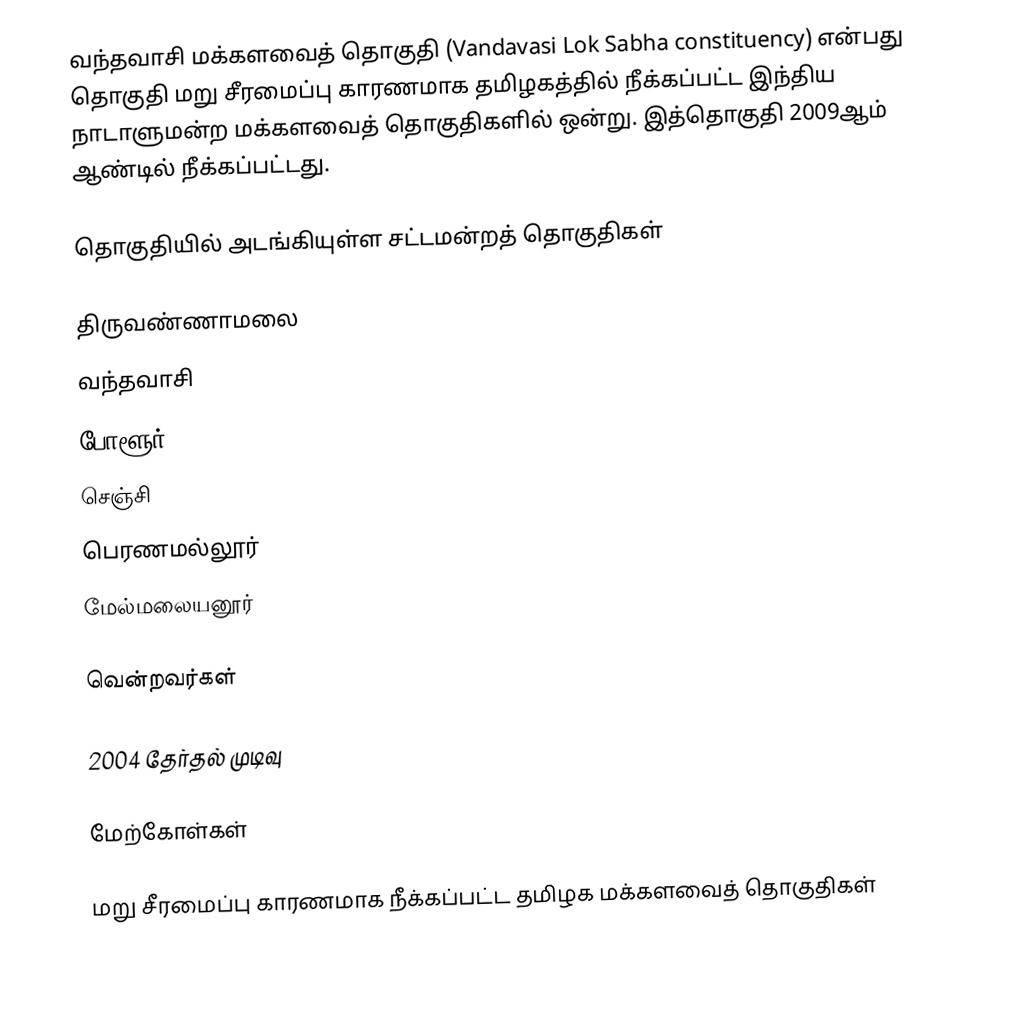
வந்தவாசி மக்களவைத் தொகுதி (Vandavasi Lok Sabha constituency) என்பது தொகுதி மறு சீரமைப்பு காரணமாக தமிழகத்தில் நீக்கப்பட்ட இந்திய நாடாளுமன்ற மக்களவைத் தொகுதிகளில் ஒன்று. இத்தொகுதி 2009ஆம் ஆண்டில் நீக்கப்பட்டது.

தொகுதியில் அடங்கியுள்ள சட்டமன்றத் தொகுதிகள்

 திருவண்ணாமலை
 வந்தவாசி
 போளூர்
 செஞ்சி
 பெரணமல்லூர்
 மேல்மலையனூர்

வென்றவர்கள்

2004 தேர்தல் முடிவு

மேற்கோள்கள்

மறு சீரமைப்பு காரணமாக நீக்கப்பட்ட தமிழக மக்களவைத் தொகுதிகள்